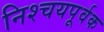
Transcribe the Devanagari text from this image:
निश्‍चयपूर्वक